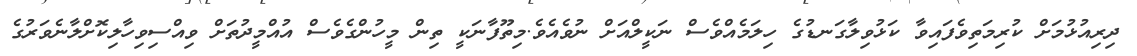
ދިރިއުޅުމަށް ކުރިމަތިވެފައިވާ ކަޅުވިލާގަނޑުގެ ހިލަމެއްވެސް ނަކީލްއަށް ނުވެެެއެވެ.މިތޫފާނަކީ ތިން މީހުންގެވެސް އުއްމީދުތަށް ވިއްސިވިހާލިކޮށްލާނެވަރުގެ